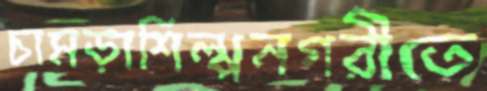
চামড়াশিল্পনগরীতে